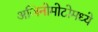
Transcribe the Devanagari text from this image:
अजिनोमोटोमध्ये